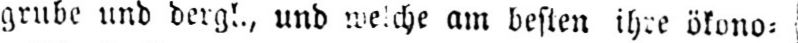
und welche am besten ihre ökono⸗